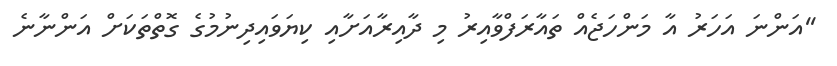
''އަންނަ އަހަރު އާ މަންހަޖެއް ތައާރަފްވާއިރު މި ދާއިރާއަށާއި ކިޔަވައިދިނުމުގެ ގޮތްތަކަށް އަންނާނެ